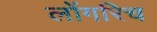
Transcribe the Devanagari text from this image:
लोंगरिच